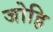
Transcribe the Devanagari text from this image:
जोह्रि